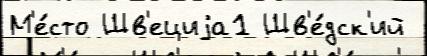
М'е́сто Шв'ециjа1 Шв'е́дск'ий